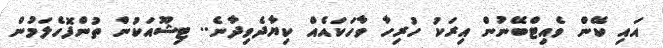
އައި ކޭން ވެއިޓްބޭނުން އިރަކު ހުރިހާ ވާހަކައެއް ކިޔާދެވިދާނެ.. ޓިޝޫއަކުން ތުންފޮހެލަމުން